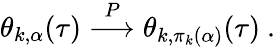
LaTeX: \theta_{k,\alpha}(\tau)\stackrel{P}{\longrightarrow}\theta_{k,\pi_{k}(\alpha)}(\tau)~.